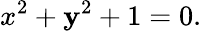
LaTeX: x^{2}+\mathbf{y}^{2}+1=0.